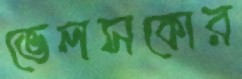
ভেলসকোর